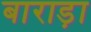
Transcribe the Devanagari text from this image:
बाराड़ा